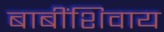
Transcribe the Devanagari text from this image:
बाबींशिवाय